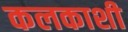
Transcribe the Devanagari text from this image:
कलकाशी